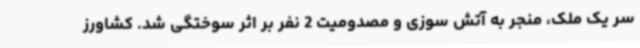
سر یک ملک، منجر به آتش سوزی و مصدومیت 2 نفر بر اثر سوختگی شد. کشاورز